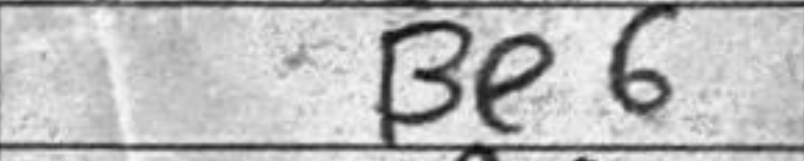
Transcription: Be6